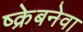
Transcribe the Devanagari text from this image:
ष्क्रेबनेवा